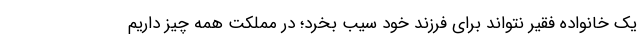
یک خانواده فقیر نتواند برای فرزند خود سیب بخرد؛ در مملکت همه چیز داریم